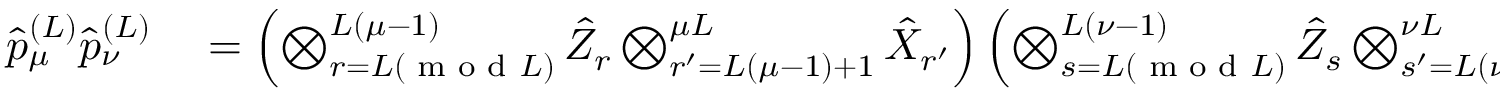
\begin{array} { r l } { \hat { p } _ { \mu } ^ { ( L ) } \hat { p } _ { \nu } ^ { ( L ) } } & { { } = \left( \bigotimes _ { r = L ( \textrm { m o d } L ) } ^ { L ( \mu - 1 ) } \hat { Z } _ { r } \bigotimes _ { r ^ { \prime } = L ( \mu - 1 ) + 1 } ^ { \mu L } \hat { X } _ { r ^ { \prime } } \right) \left( \bigotimes _ { s = L ( \textrm { m o d } L ) } ^ { L ( \nu - 1 ) } \hat { Z } _ { s } \bigotimes _ { s ^ { \prime } = L ( \nu - 1 ) + 1 } ^ { \nu L } \hat { X } _ { s ^ { \prime } } \right) } \end{array}